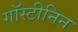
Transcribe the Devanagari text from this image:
गॉस्टीनिन